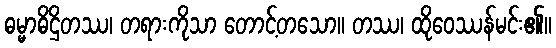
ဓမ္မာဓိဌိတဿ၊ တရားကိုသာ တောင့်တသော။ တဿ၊ ထိုဝေဿန်မင်း၏။